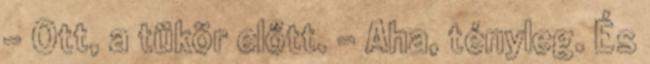
- Ott, a tükör előtt. - Aha, tényleg. És